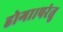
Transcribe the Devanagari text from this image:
होगा।परंतु